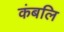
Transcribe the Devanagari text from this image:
कंबलि